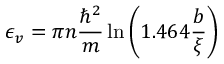
\epsilon _ { v } = \pi n { \frac { \hbar ^ { 2 } } { m } } \ln \left( 1 . 4 6 4 { \frac { b } { \xi } } \right)